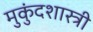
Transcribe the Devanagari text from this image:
मुुकुंदशास्त्री